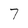
Character: 7